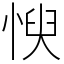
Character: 㥚